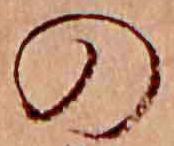
の